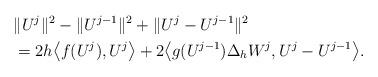
LaTeX: \begin{align*} & \|U^j\|^2 - \|U^{j-1}\|^2 + \|U^j-U^{j-1}\|^2 \\ &= 2h \big\langle f(U^j), U^j \big\rangle + 2 \big\langle g(U^{j-1})\Delta_h W^{j}, U^j - U^{j-1} \big\rangle. \end{align*}